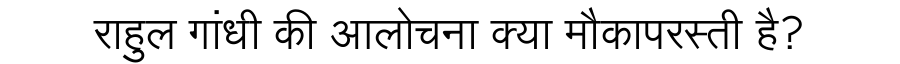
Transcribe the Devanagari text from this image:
राहुल गांधी की आलोचना क्या मौकापरस्ती है?